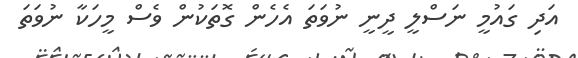
އަދި ގައުމީ ނަސްލީ ދީނީ ނުވަތަ އެހެން ގޮތަކުން ވެސް މީހަކާ ނުވަތަ